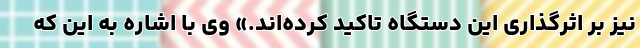
نیز بر اثرگذاری این دستگاه تاکید کرده‌اند.» وی با اشاره به این که